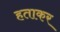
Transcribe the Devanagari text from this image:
हताकर